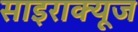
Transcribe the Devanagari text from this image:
साइराक्यूज